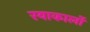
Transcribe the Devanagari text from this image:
रयाकार्लो